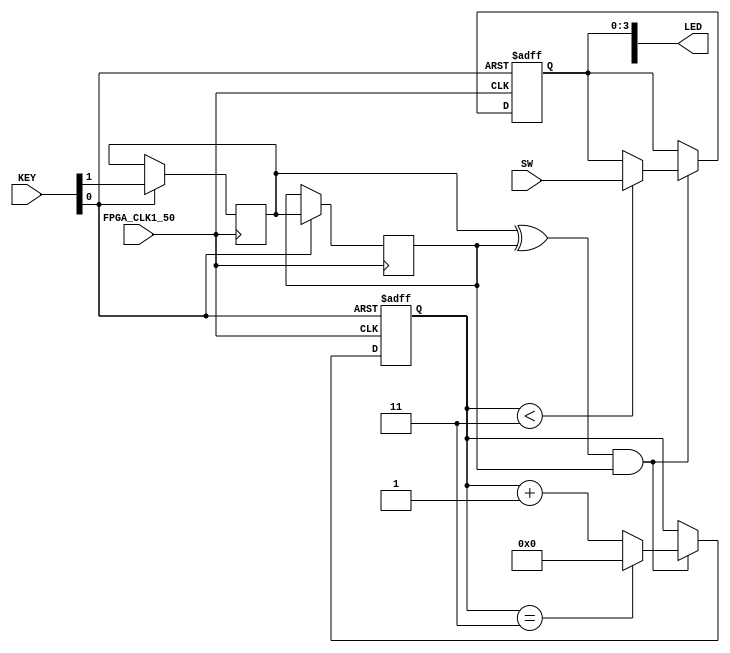


//=======================================================
//  This code is generated by Terasic System Builder
//=======================================================



module fourInputBits(

	//////////// CLOCK //////////
	input 		         		FPGA_CLK1_50,

	//////////// KEY //////////
	input 		    [1:0]		KEY, // the push button key in the FPGA board

	//////////// LED //////////
	output		    [4:0]		LED,// the LED to display the outputs

	//////////// SW //////////
	input 		    [3:0]		SW // THe switch to give the ALU inputs to the board
);	//port declarations

	
	//internal variables

	parameter n	=	4; //bit lenght is 4 bits
	parameter N	=	3; //no.of numbers

	//Reg and Wire Declaration
	//------------------------

	wire 	clk;
	wire 	reset;	//for reset 
	reg 	[n-1:0] 	inp_reg;	//the inputs are temporarily stored in this
	reg	[n-1:0] 	reg_out;


	//assigning internal signal to the QSF mapped signals///////////
	//--------------------------------------

	assign reset 		= 	KEY[0];
	assign clk              =  	FPGA_CLK1_50;
	assign LED[3:0]         =  	reg_out;
	reg [n-1 : 0] myrows [0 : N-1];	
	integer i;
	//internal counter
	reg	[5:0]	counter; // no.of bits depend on N and so change this value accordingly
	reg		key;
	reg		key_delay;
	wire		pulses;
	wire		pulse_input;	
	assign pulses		=	key ^ key_delay;
	assign pulse_input 	=	pulses & key_delay;
	
	reg inputs_done; //to indicate that all the N inputs are given by the user

always @(posedge pulse_input) begin // push the inputs to queue by shifting
		if(counter<N) begin //counter not N-1 because of extra inp_reg
			myrows[0] <= inp_reg;
			//myrows[1] <= myrows[0];
			for (i=1; i<N ; i=i+1) begin
				myrows[i] <= myrows[i-1];
			end
		end // counter if ends here
end //always ended here

always @(posedge clk or negedge reset) begin
	if(!reset) begin
		inp_reg			<= 4'b0;
		counter[5:0]		<= 5'b0;
		reg_out[3:0]		<= 4'b0;		
	end // reset if ends here
	
	else begin
		key		<=	KEY[1];
		key_delay	<=	key;
		if(pulse_input) begin
					counter  <=	counter + 1'b1;		
					if(counter == N) // not N-1, we use the last one to set the sort mode
							counter	<=	4'b0;
					if(counter < N) begin
							inp_reg	<=	SW;
							reg_out <=	SW;
					end 
		end // pulse input if ends here	
	end // reset else ends here

end //always ended here



endmodule //Embeddedproj ends here